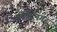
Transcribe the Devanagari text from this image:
तीर्थेद्रनगर